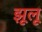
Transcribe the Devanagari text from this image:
झूलू